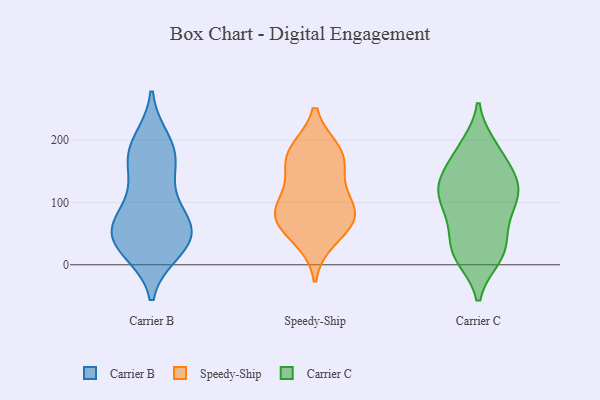
{"axis": {"x": "Customer Acquisition Cost (USD)", "y": "Value"}, "legend": ["Carrier B", "Carrier C", "Speedy-Ship"], "data": [{"x": "", "y": 174, "type": "Carrier B"}, {"x": "", "y": 197, "type": "Carrier B"}, {"x": "", "y": 86, "type": "Carrier B"}, {"x": "", "y": 179, "type": "Carrier B"}, {"x": "", "y": 38, "type": "Carrier B"}, {"x": "", "y": 42, "type": "Carrier B"}, {"x": "", "y": 168, "type": "Carrier B"}, {"x": "", "y": 24, "type": "Carrier B"}, {"x": "", "y": 56, "type": "Carrier B"}, {"x": "", "y": 61, "type": "Carrier B"}, {"x": "", "y": 33, "type": "Carrier B"}, {"x": "", "y": 63, "type": "Carrier B"}, {"x": "", "y": 122, "type": "Carrier B"}, {"x": "", "y": 86, "type": "Speedy-Ship"}, {"x": "", "y": 180, "type": "Speedy-Ship"}, {"x": "", "y": 104, "type": "Speedy-Ship"}, {"x": "", "y": 182, "type": "Speedy-Ship"}, {"x": "", "y": 84, "type": "Speedy-Ship"}, {"x": "", "y": 73, "type": "Speedy-Ship"}, {"x": "", "y": 170, "type": "Speedy-Ship"}, {"x": "", "y": 42, "type": "Speedy-Ship"}, {"x": "", "y": 145, "type": "Speedy-Ship"}, {"x": "", "y": 68, "type": "Speedy-Ship"}, {"x": "", "y": 128, "type": "Carrier C"}, {"x": "", "y": 13, "type": "Carrier C"}, {"x": "", "y": 117, "type": "Carrier C"}, {"x": "", "y": 174, "type": "Carrier C"}, {"x": "", "y": 75, "type": "Carrier C"}, {"x": "", "y": 88, "type": "Carrier C"}, {"x": "", "y": 189, "type": "Carrier C"}, {"x": "", "y": 149, "type": "Carrier C"}, {"x": "", "y": 17, "type": "Carrier C"}, {"x": "", "y": 132, "type": "Carrier C"}, {"x": "", "y": 121, "type": "Carrier C"}, {"x": "", "y": 107, "type": "Carrier C"}, {"x": "", "y": 22, "type": "Carrier C"}, {"x": "", "y": 19, "type": "Carrier C"}, {"x": "", "y": 129, "type": "Carrier C"}, {"x": "", "y": 76, "type": "Carrier C"}, {"x": "", "y": 37, "type": "Carrier C"}, {"x": "", "y": 187, "type": "Carrier C"}]}